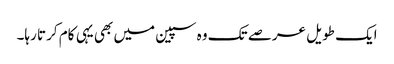
ایک طویل عرصے تک وہ سپین میں بھی یہی کام کرتا رہا۔